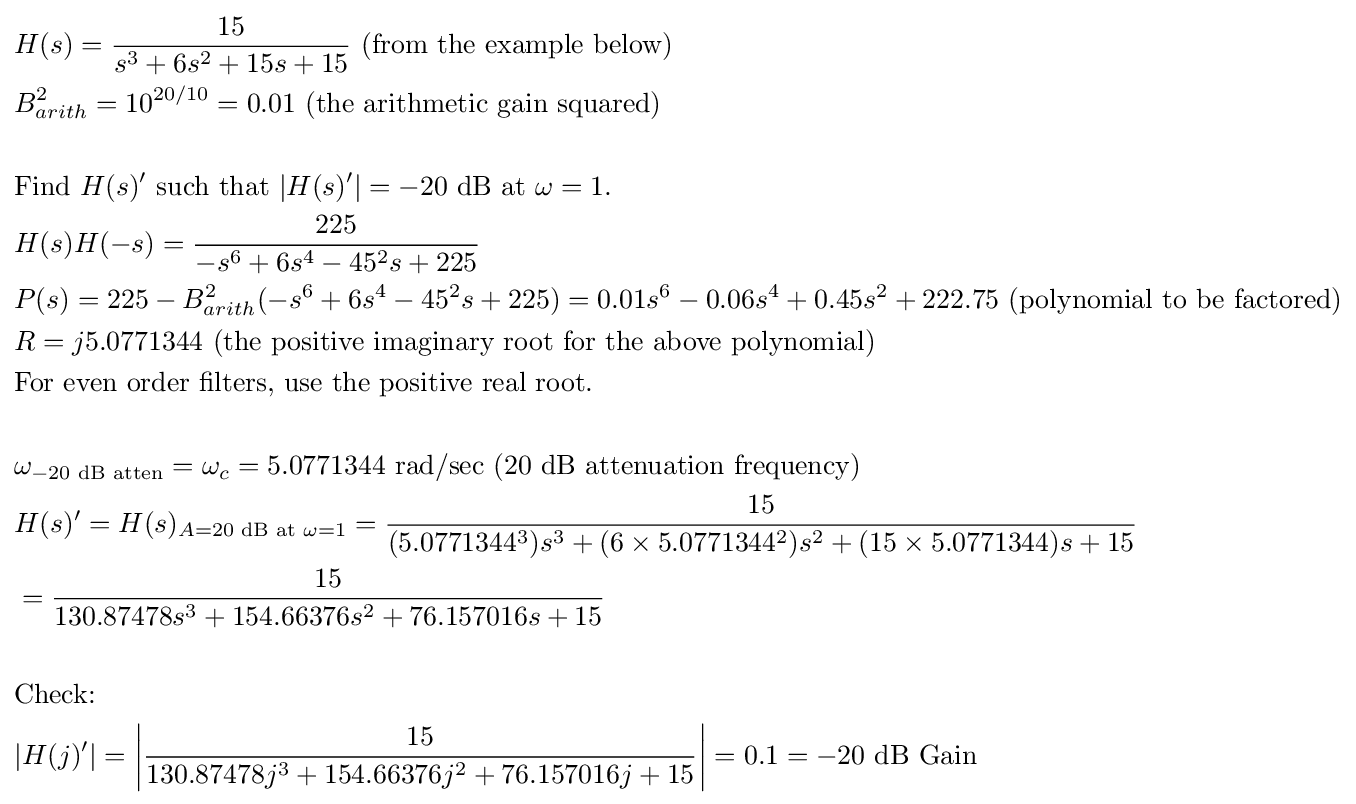
{\begin{aligned}&H(s)={\frac {15}{s^{3}+6s^{2}+15s+15}}{\text{  (from the example below)}}\\&B_{arith}^{2}=10^{20/10}=0.01{\text{  (the arithmetic gain squared)}}\\&\\&{\text{Find }}H(s)'{\text{ such that }}|H(s)'|=-20{\text{ dB at }}\omega =1{\text{.}}\\&H(s)H(-s)={\frac {225}{-s^{6}+6s^{4}-45^{2}s+225}}\\&P(s)=225-B_{arith}^{2}(-s^{6}+6s^{4}-45^{2}s+225)=0.01s^{6}-0.06s^{4}+0.45s^{2}+222.75{\text{  (polynomial to be factored)}}\\&R=j5.0771344{\text{  (the positive imaginary root for the above polynomial)}}\\&{\text{For even order filters, use the positive real root.}}\\&\\&\omega _{-20{\text{ dB atten}}}=\omega _{c}=5.0771344{\text{ rad/sec (20 dB attenuation frequency)}}\\&H(s)'=H(s)_{A=20{\text{ dB at }}\omega =1}={\frac {15}{(5.0771344^{3})s^{3}+(6\times 5.0771344^{2})s^{2}+(15\times 5.0771344)s+15}}\\&={\frac {15}{130.87478s^{3}+154.66376s^{2}+76.157016s+15}}\\&\\&{\text{Check:}}\\&|H(j)'|={\bigg |}{\frac {15}{130.87478j^{3}+154.66376j^{2}+76.157016j+15}}{\bigg |}=0.1=-20{\text{ dB Gain}}\end{aligned}}